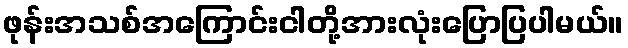
ဖုန်းအသစ်အကြောင်းငါတို့အားလုံးပြောပြပါမယ်။